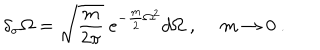
\delta _ { \sigma } \Omega = \sqrt { \frac { m } { 2 \pi } } \ e ^ { - \frac m 2 \Omega ^ { 2 } } d \Omega \ , \ m \rightarrow 0 \ .